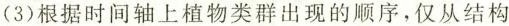
(3)根据时间轴上植物类群出现的顺序，仅从结构